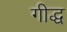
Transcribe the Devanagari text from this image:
गीद्ध